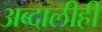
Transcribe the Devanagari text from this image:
अब्दालीही